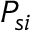
P _ { s i }